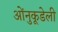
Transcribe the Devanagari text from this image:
ओंनुकूडेली